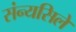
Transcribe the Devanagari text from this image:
संन्यसिले